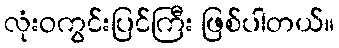
လုံးဝကွင်းပြင်ကြီး ဖြစ်ပါတယ်။